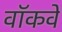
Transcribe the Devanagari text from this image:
वॉकवे